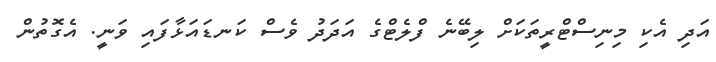
އަދި އެކި މިނިސްޓްރީތަކަށް ލިބޭނެ ފްލެޓްގެ އަދަދު ވެސް ކަނޑައަޅާފައި ވަނީ. އެގޮތުން